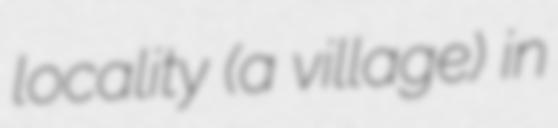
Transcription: locality (a village) in